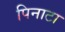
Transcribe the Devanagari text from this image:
पिनाटा